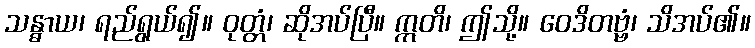
သန္ဓာယ၊ ရည်ရွယ်၍။ ဝုတ္တံ၊ ဆိုအပ်ပြီ။ ဣတိ၊ ဤသို့။ ဝေဒိတဗ္ဗံ၊ သိအပ်၏။